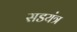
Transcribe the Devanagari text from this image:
सडयंत्र